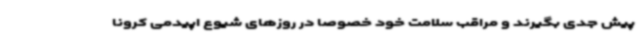
پیش جدی بگیرند و مراقب سلامت خود خصوصا در روزهای شیوع اپیدمی کرونا